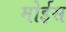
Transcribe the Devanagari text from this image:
मोईस